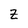
Character: Z